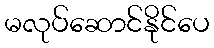
မလုပ်ဆောင်နိုင်ပေ